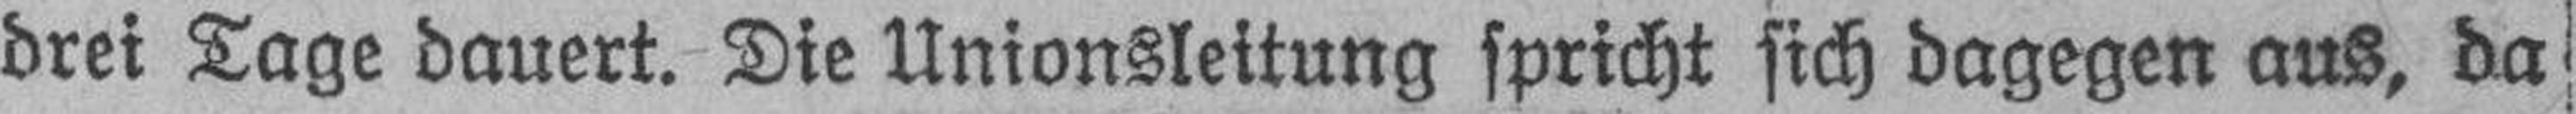
drei Tage dauert. Die Unionsleitung spricht sich dagegen aus, da